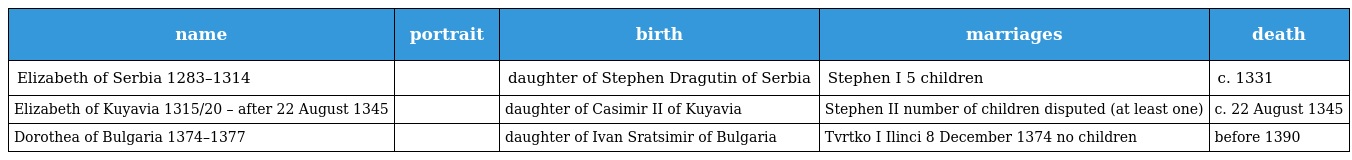
| name | portrait | birth | marriages | death |
 | --- | --- | --- | --- | --- |
 | Elizabeth of Serbia 1283–1314 |  | daughter of Stephen Dragutin of Serbia | Stephen I 5 children | c. 1331 |
 | Elizabeth of Kuyavia 1315/20 – after 22 August 1345 |  | daughter of Casimir II of Kuyavia | Stephen II number of children disputed (at least one) | c. 22 August 1345 |
 | Dorothea of Bulgaria 1374–1377 |  | daughter of Ivan Sratsimir of Bulgaria | Tvrtko I Ilinci 8 December 1374 no children | before 1390 |